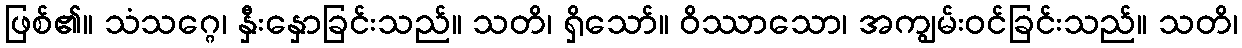
ဖြစ်၏။ သံသဂ္ဂေ၊ နှီးနှောခြင်းသည်။ သတိ၊ ရှိသော်။ ဝိဿာသော၊ အကျွမ်းဝင်ခြင်းသည်။ သတိ၊